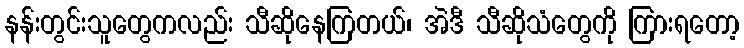
နန်းတွင်းသူတွေကလည်း သီဆိုနေကြတယ်၊ အဲဒီ သီဆိုသံတွေကို ကြားရတော့